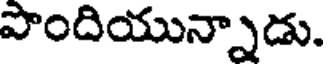
పొందియున్నాడు.